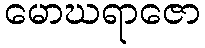
မောဃရာဇော